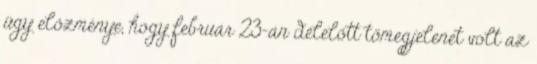
ügy előzménye, hogy február 23-án délelőtt tömegjelenet volt az